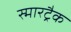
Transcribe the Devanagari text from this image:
स्मारट्रैक